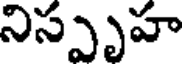
నిస్పృహ